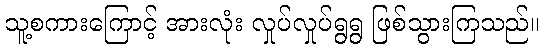
သူ့စကားကြောင့် အားလုံး လှုပ်လှုပ်ရွရွ ဖြစ်သွားကြသည်။